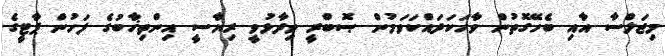
މިޖަލްސާ އާއި ބެހޭގޮތުން ވާހަކަދައްކަވަމުން ޞޮބްރީ ވިދާޅުވީ ރިޔާސީ އިންތިޚާބުގެ ފަހުން ޕާޓީގެ